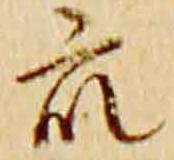
衆